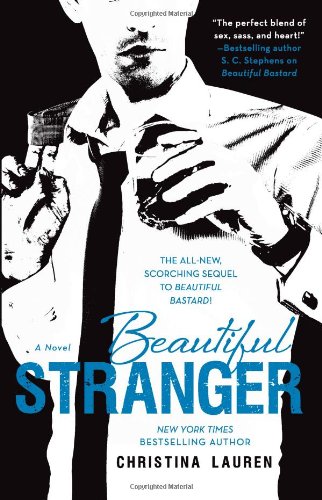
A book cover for Beautiful Stranger; Christina Lauren; Romance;